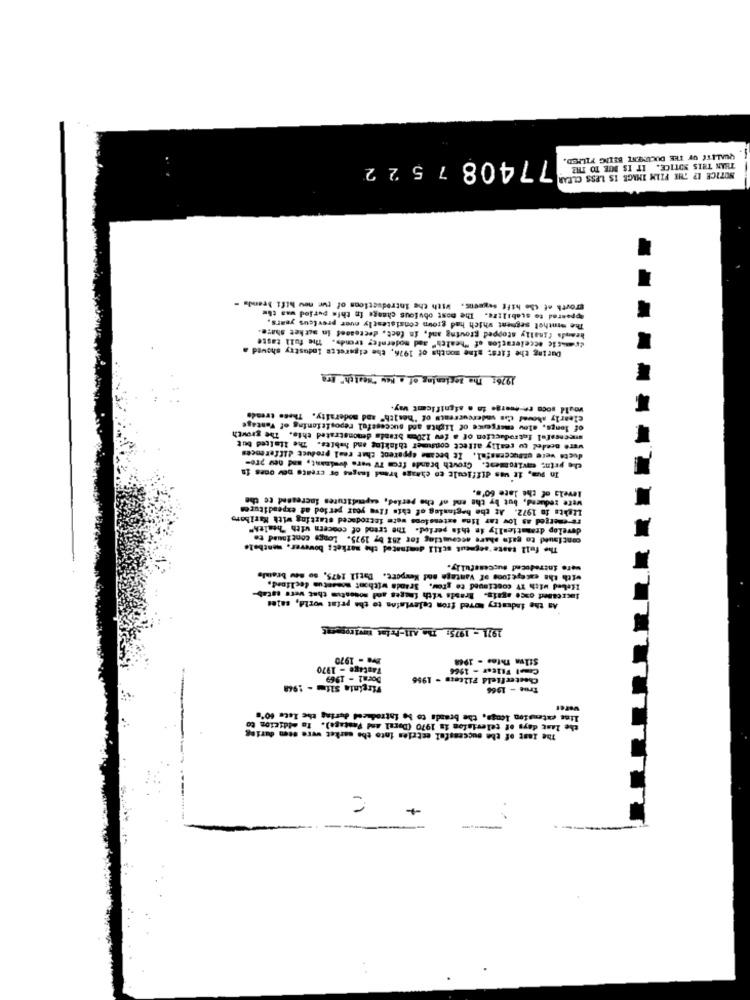
QUALETE OF THE DOCUMENT BELIG FILMED.
7740875 22
THAN THIS NOTICE. IT IS DIE TO THE
NOTICE 1? THE FILM IMAGE IS LESS CLEAR
Appeared to stabilize. The most obvious change in this period was the
growth of the hiff segmens. With the Introductions of tur nov bifi brands -
The monthol segment which had grown consistently nuer previous years.
brands finally stopped growing and, in fact, dectosoef in aitket share.
drastic acceleration of "health" and modernfey trends. The full taste
During the first nine months of 1976, the cigarette Industry showed a
1976: The Boxlening of a New "Health" Era
would soco re-muerae la a significant way.
clearly shovel Cas undercurrent" of "health" and moderaity. These trends
of longs, slov emergence of lights and successful repositioning of Fantage
mmecasaful Introduction of a few 120mm braads denonstrated this. The growth
duets were olBucceasfal. It became apparent that real product differences
ware needed to really attect consumer thinking and habits. The Italted but
the prin; enviroment. Growth brands from TV were dominant, and new pro-
In num, it was difficult co chaage brand Inages or create new ones in
Levels of the late Go's.
Were reduced, but by the end of the perles, sapedicures increased to the
Lights in 1972. At the beginning of this five your period ad expenditures
re-emerged as low tar line extensions werm introduced starting with Marlboro
develop dramatically in this period. The trend of concern with "health"
continued to gato share accounting for 25X by 1975. Longe continued to
The full taste 'segment still dominated the market; bowever, menthele
were introduced successfully.
with the catepe foos of Vantage ood Kexpert. Datil 1475, so sev bramls
lehed with IV continued to grow. Sranda withont momentum declined,
As the industry Moved from television to the print world, sales
Increased once again. Brands with images and nosestum that vers estab
1971 - 1975: The All-Print Envirogerat
Dve - 1970
Silva Thies - 1948
Tastage - 1970
Comol Filter - 1966
Doral - 1969
Chesterfield Filters - 1956
Virginia Sifm - 1968
True - 1966
varer
lime extension longa, the braads to be introduced during the lete 60's
The last of the successful estries into the market were samo during
the last days of television in 1970 (Doral and Postage). To eldicion to
+
1